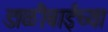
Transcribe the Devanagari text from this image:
डाळीबाईच्या